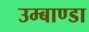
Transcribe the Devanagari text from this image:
उम्बाण्डा